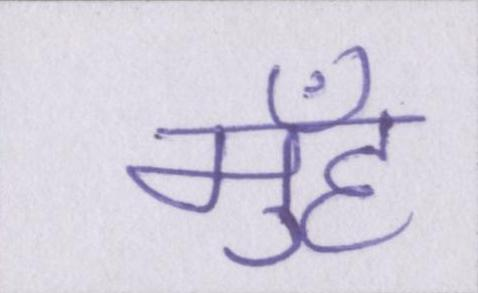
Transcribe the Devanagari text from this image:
मुँह